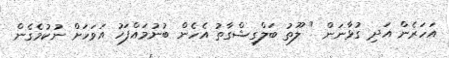
އަހަރެން އަދި ގުޅާނަން " ލޫތު ބަލްގިޝްގާތު އެހެން ބުނުމައްފަހު އަވަހަށް ނުކުމެގެން